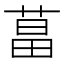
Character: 𦵆